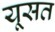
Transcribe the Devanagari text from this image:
यूसत